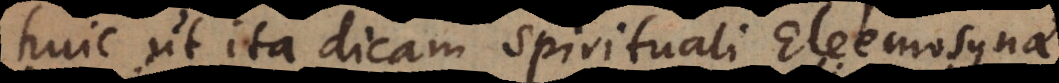
huic ut ita dicam spirituali Eleemosyna